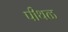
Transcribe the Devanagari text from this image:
पीथळ